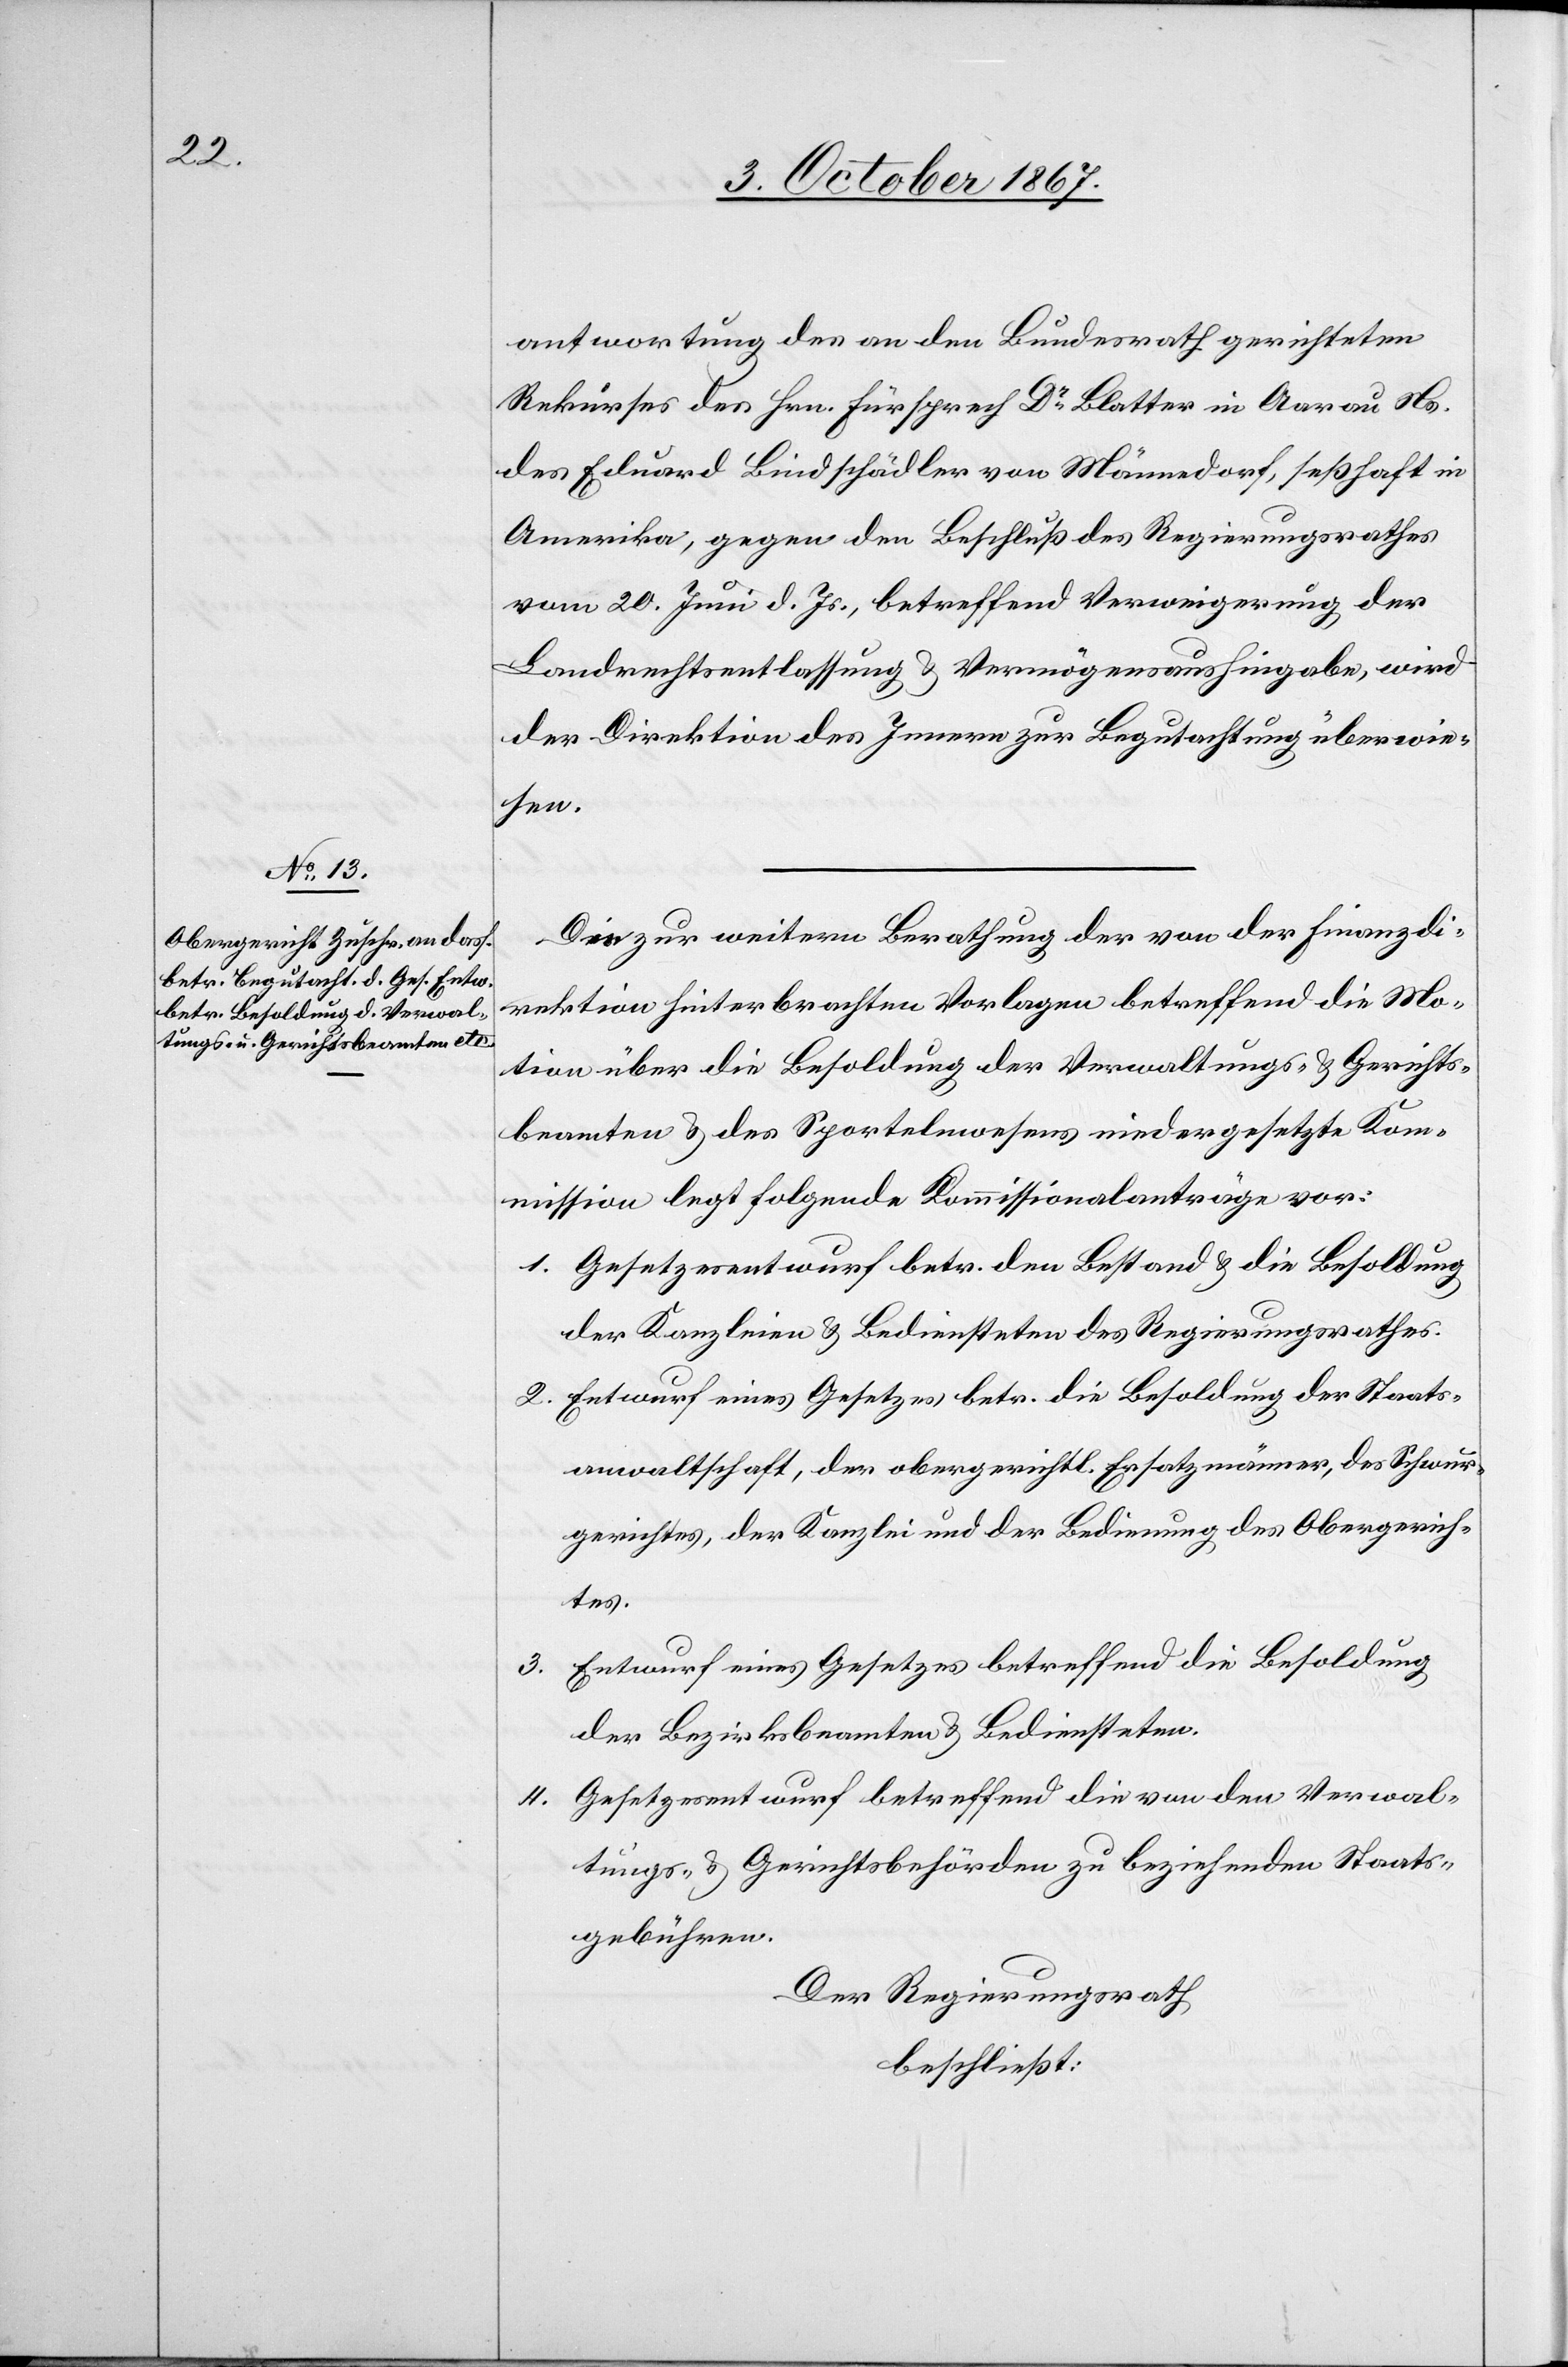
3.
4.

antwortung des an den Bundesrath gerichteten
Rekurses des Hrn. Fürsprech Dr. Blatter in Aarau Ns.
des Eduard Bindschädler von Männedorf, seßhaft in
Amerika, gegen den Beschluß des Regierungsrathes
vom 20. Juni d. Js., betreffend Verweigerung der
Landrechtsentlassung u. Vermögensaushingabe, wird
der Direktion des Innern zur Begutachtung überwie¬
sen.
Die zur weitern Berathung der von der Finanzdi¬
rektion hinterbrachten Vorlagen betreffend die Mo¬
tion über die Besoldung der Verwaltungs- u. Gerichts¬
beamten u. des Sportelnwesens niedergesetzten Kom¬
mission legt folgende Kommissionalantäge vor:
1. Gesetzesentwurf betr. den Bestand u. die Besoldung
der Kanzleien u. Bediensteten des Regierungsrathes.
2. Entwurf eines Gesetzes betr. die Besoldung der Staats¬
anwaltschaft, der obergerichtl. Ersatzmänner, des Schwur¬
gerichtes, der Kanzlei und der Bedienung des Obergerich¬
tes.
Entwurf eines Gesetzes betreffend die Besoldung
der Bezirksbeamten u. Bediensteten.
Gesetzesentwurf betreffend die von den Verwal¬
tungs- u. Gerichtsbehörden zu beziehenden Staats¬
gebühren.
Der Regierungsrath,
beschließt: